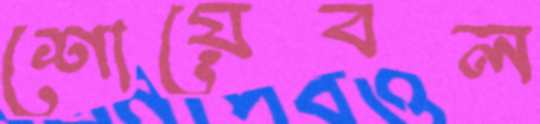
শোয়েবল